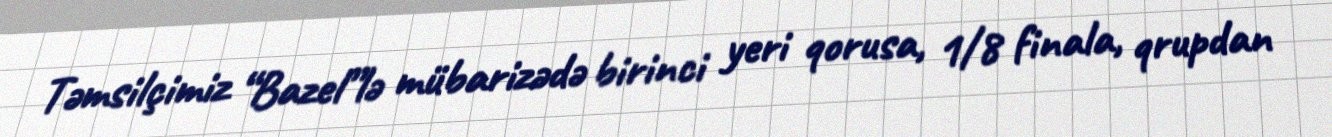
Təmsilçimiz “Bazel”lə mübarizədə birinci yeri qorusa, 1/8 finala, qrupdan